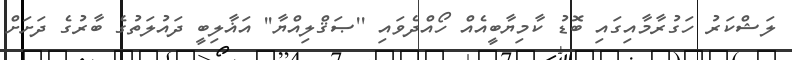
ލަޝްކަރު ހަގުރާމާއިގައި ބޮޑު ކާމިޔާބީއެއް ހޯއްދެވައި ''ޞަޤްލިއްޔާ'' އަޣާލިބީ ދައުލަތުގެ ބާރުގެ ދަށަށް